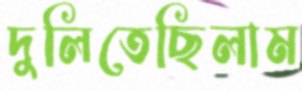
দুলিতেছিলাম